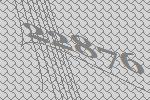
22876